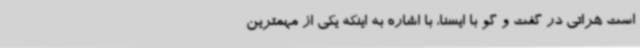
است هراتی در گفت و گو با ایسنا، با اشاره به اینکه یکی از مهمترین